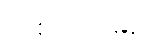
အစားထိုးမည့်